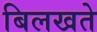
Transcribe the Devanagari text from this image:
बिलखते